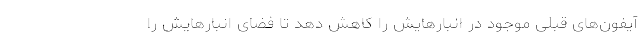
آيفون‌های قبلی موجود در انبارهایش را کاهش دهد تا فضای انبارهایش را